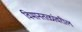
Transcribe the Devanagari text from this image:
विमानतळांवरील